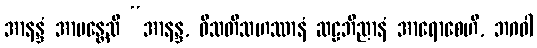
အာနန္ဒံ အာမန္တေသိ “အာနန္ဒ, ဝီသတိသဟဿာနံ ဆဠဘိညာနံ အာရောစေဟိ, ဘဂဝါ